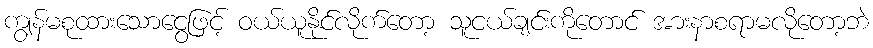
ကျွန်မစုထားသောငွေဖြင့် ဝယ်ယူနိုင်လိုက်တော့ သူငယ်ချင်းကိုတောင် အားနာစရာမလိုတော့ဘဲ